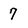
Character: 7